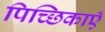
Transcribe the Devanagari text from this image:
पिच्छिकाएँ